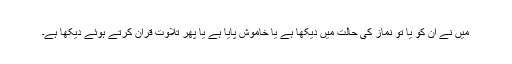
میں نے ان کو یا تو نماز کی حالت میں دیکھا ہے یا خاموش پایا ہے یا پھر تلاوت قرآن کرتے ہوئے دیکھا ہے۔